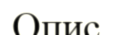
Опис